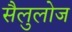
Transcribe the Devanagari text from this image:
सैलुलोज